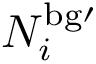
N _ { i } ^ { \mathrm { { b g } \prime } }